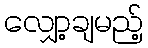
လျှော့ချမည့်